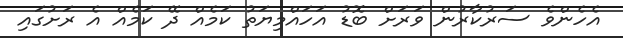
އެހެންވެ ސަރުކާރުން ވަރަށް ބޮޑު އަހައްމިޔަތު ކަމެއް ދޭ ކަމެއް އެ ރަށުގައި